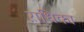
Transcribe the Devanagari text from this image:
ऱाधिका